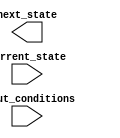
module FSM (
    input [1:0] current_state,
    input [1:0] input_conditions,
    output reg [1:0] next_state
    );

    // Define the grid structure with rows and columns representing state transitions
    // Cell values represent the output logic determining the next state based on current state and input conditions
    // You can define the grid here in this module

    always @(*) begin
        // Update the next state based on current state and input conditions
        case ({current_state, input_conditions})
            // Define transition rules and output logic for each cell in the grid
            // You can specify the output logic based on current_state and input_conditions here
            // For example:
            // {2'd0, 2'd0}: next_state = 2'd1; // If current_state is 0 and input_conditions are 0, transition to state 1
            // {2'd1, 2'd1}: next_state = 2'd0; // If current_state is 1 and input_conditions are 1, transition to state 0
            // Add more transition rules based on your grid structure
        endcase
    end

endmodule